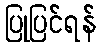
ပြုပြင်ရန်